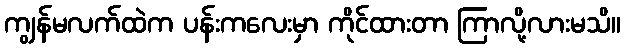
ကျွန်မလက်ထဲက ပန်းကလေးမှာ ကိုင်ထားတာ ကြာလို့လားမသိ။